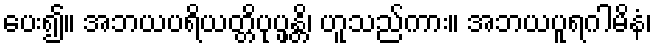
ပေး၍။ အဘယပရိယတ္တိပုပ္ဖန္တိ၊ ဟူသည်ကား။ အဘယပူရဂါမိနံ၊